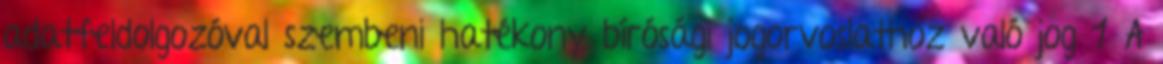
adatfeldolgozóval szembeni hatékony bírósági jogorvoslathoz való jog 1 A